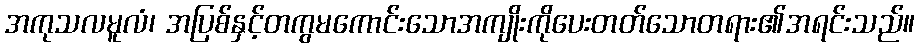
အကုသလမူလံ၊ အပြစ်နှင့်တကွမကောင်းသောအကျိုးကိုပေးတတ်သောတရား၏အရင်းသည်။